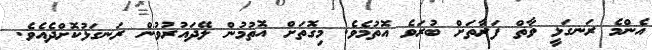
އެންމެ ރަނގަޅީ ވާތް ފަރާތަށް ބުރަވެ އޮތުމެވެ. މިގޮތަށް އޮތުމުން ލޭދައުރުވުން ރަނގަޅުކޮށްދެއެވެ.